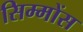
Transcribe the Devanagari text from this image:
सिम्मोंस